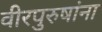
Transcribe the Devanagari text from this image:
वीरपुरुषांना